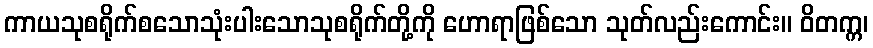
ကာယသုစရိုက်စသောသုံးပါးသောသုစရိုက်တို့ကို ဟောရာဖြစ်သော သုတ်လည်းကောင်း။ ဝိတက္က၊